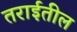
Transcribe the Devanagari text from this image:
तराईतील